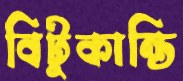
বিটুকান্তি